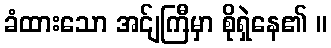
ခံထားသော အင်ျကြီမှာ စိုရှဲနေ၏ ။